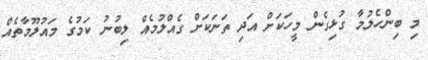
މި ބިންހެލުމާ ގުޅިގެން މީހަކަށް އަދި ތަނަކަށް ގެއްލުމެއް ލިބުނު ކަމުގެ މައުލޫމާތެއް